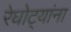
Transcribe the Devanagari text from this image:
रेघोट्यांना